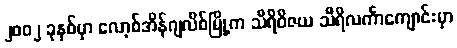
၂၀၀၂ ခုနှစ်မှာ လော့စ်အိန်ဂျလိစ်မြို့က သီရိဝိဇယ သီရိလင်္ကာကျောင်းမှာ